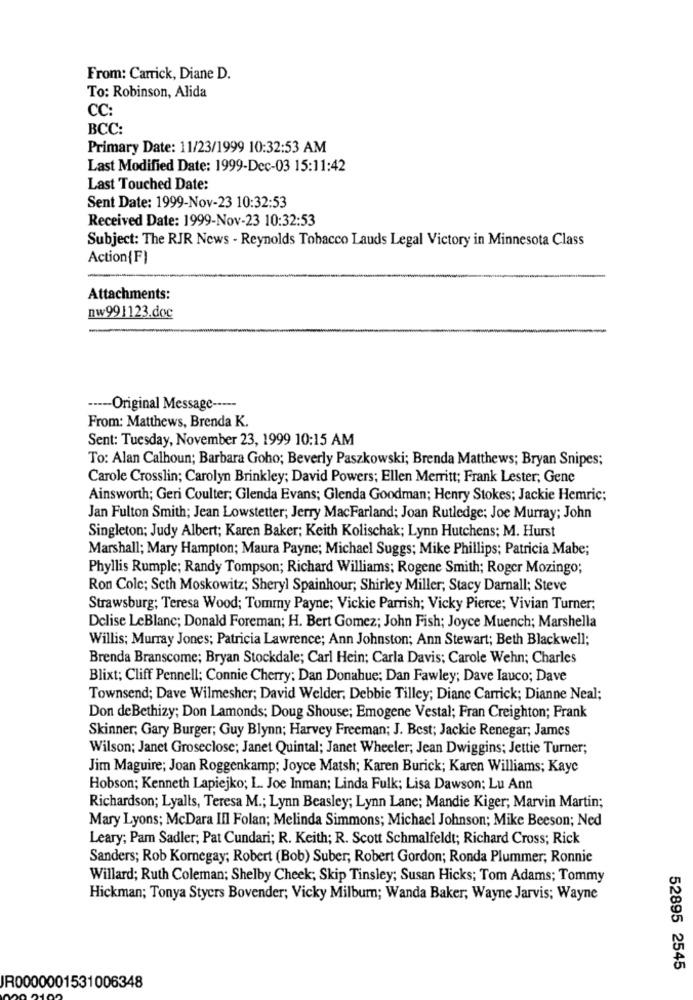
From: Carrick, Diane D.
To: Robinson, Alida
CC:
BCC:
Primary Date: 11/23/1999 10:32:53 AM
Last Modified Date: 1999-Dec-03 15:11:42
Last Touched Date:
Sent Date: 1999-Nov-23 10:32:53
Received Date: 1999-Nov-23 10:32:53
Subject: The RJR News - Reynolds Tobacco Lauds Legal Victory in Minnesota Class
Action{F)
Attachments:
nw991123.doc
----- Original Message -----
From: Matthews, Brenda K.
Sent: Tuesday, November 23, 1999 10:15 AM
To: Alan Calhoun; Barbara Goho; Beverly Paszkowski; Brenda Matthews; Bryan Snipes;
Carole Crosslin; Carolyn Brinkley; David Powers; Ellen Merritt; Frank Lester; Gene
Ainsworth; Geri Coulter; Glenda Evans; Glenda Goodman; Henry Stokes; Jackie Hemric;
Jan Fulton Smith; Jean Lowstetter; Jerry MacFarland; Joan Rutledge; Joe Murray; John
Singleton; Judy Albert; Karen Baker; Keith Kolischak; Lynn Hutchens; M. Hurst
Marshall; Mary Hampton; Maura Payne; Michael Suggs; Mike Phillips; Patricia Mabe;
Phyllis Rumple; Randy Tompson; Richard Williams; Rogene Smith; Roger Mozingo;
Ron Cole; Seth Moskowitz; Sheryl Spainhour; Shirley Miller; Stacy Darnall; Steve
Strawsburg; Teresa Wood; Tommy Payne; Vickie Parrish; Vicky Pierce; Vivian Turner;
Delise LeBlanc; Donald Foreman; H. Bert Gomez; John Fish; Joyce Muench; Marshella
Willis; Murray Jones; Patricia Lawrence; Ann Johnston; Ann Stewart; Beth Blackwell;
Brenda Branscome; Bryan Stockdale; Carl Hein; Carla Davis; Carole Wehn; Charles
Blixt; Cliff Pennell; Connie Cherry; Dan Donahue; Dan Fawley; Dave Iauco; Dave
Townsend; Dave Wilmesher; David Welder, Debbie Tilley; Dianc Carrick; Dianne Neal;
Don deBethizy; Don Lamonds; Doug Shouse; Emogene Vestal; Fran Creighton; Frank
Skinner, Gary Burger; Guy Blynn; Harvey Freeman; J. Best; Jackie Renegar; James
Wilson; Janet Groseclose; Janet Quintal; Janet Wheeler; Jean Dwiggins; Jettie Turner;
Jim Maguire; Joan Roggenkamp; Joyce Matsh; Karen Burick; Karen Williams; Kaye
Hobson; Kenneth Lapiejko; L. Joe Inman; Linda Fulk; Lisa Dawson; Lu Ann
Richardson; Lyalts, Teresa M .; Lynn Beasley; Lynn Lane; Mandie Kiger; Marvin Martin;
Mary Lyons; McDara IIl Folan; Melinda Simmons; Michael Johnson; Mike Beeson; Ned
Leary; Pam Sadler; Pat Cundari; R. Keith; R. Scott Schmalfeldt; Richard Cross; Rick
Sanders; Rob Kornegay; Robert (Bob) Suber, Robert Gordon; Ronda Plummer; Ronnie
Willard; Ruth Coleman; Shelby Cheek; Skip Tinsley; Susan Hicks; Tom Adams; Tommy
Hickman; Tonya Stycrs Bovender; Vicky Milburn; Wanda Baker, Wayne Jarvis; Wayne
52895 2545
JR0000001531006348